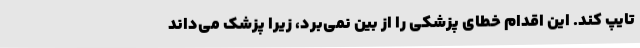
تایپ کند. این اقدام خطای پزشکی را از بین نمی‌برد، زیرا پزشک می‌داند